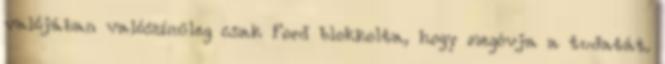
valójában valószínűleg csak Ford blokkolta, hogy megóvja a tudatát.